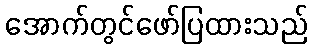
အောက်တွင်ဖော်ပြထားသည်